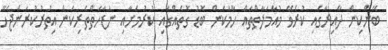
ބޭންކިން ދާއިރާގައި ކުރެވޭ މުއާމަލާތްތައް ހާމަކަން ބޮޑު ގޮތެއްގައި ކުރުމަށާއި ނަޒާހަތްތެރިކަން އިތުރުކުރަންޖެހޭ